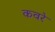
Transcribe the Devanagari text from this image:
कवरे